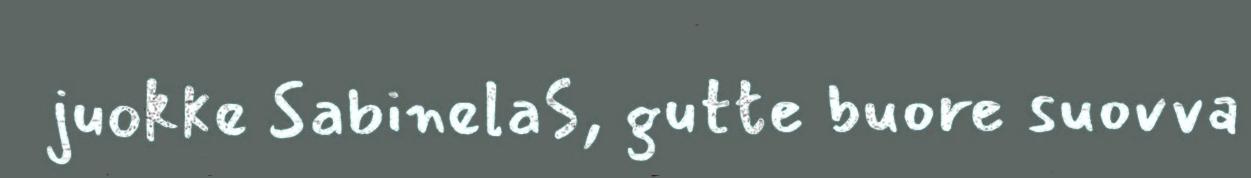
juokke SabinelaS, gutte buore suovva